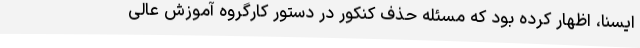
ایسنا، اظهار کرده بود که مسئله حذف کنکور در دستور کارگروه آموزش عالی